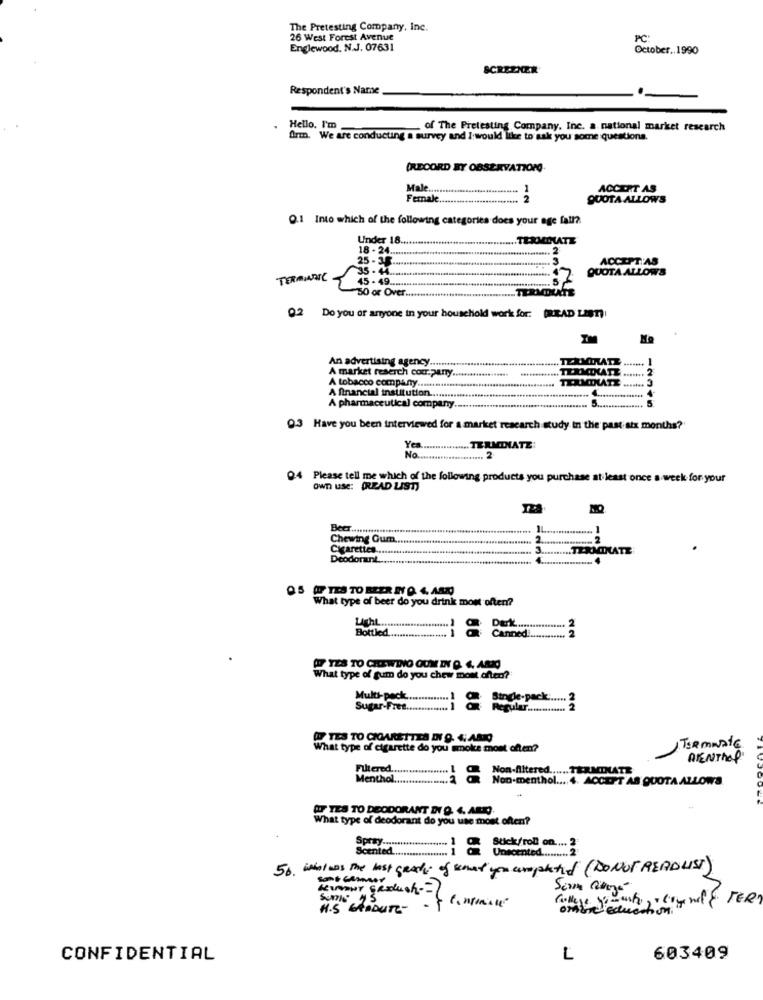
The Pretesting Company, Inc.
26 West Forest Avenue
PC:
Englewood, N.J. 07631
October .. 1990
SCREENER
Respondent's Name
Hello. I'm
of The Pretesting Company, Inc. a. national market research
Arm. We are conducting a survey and I would like to sak you some questions.
(RECORD Y OBSERVATTOPO
Male ........
1
ACCORT AS
Female ..
2
QUOTA ALLOWS
Q.1 Into which of the following categories does your age fall?
Under 18.
.TERMOLATE
18 - 24 .....
ACCEPT AS
25 - 35 ...
QUOTA ALLOWS
TERMINE
15.49
50 or Over ..
Q2 Do you or anyone in your household work for: (READ LIST)
An advertising agency .....
TERMINATE.
A market reserch company ..
2
A tobacco company .....
A financial institution.
5.
A pharmaceutical company.
Q.3 Have you been interviewed for a market research study in the past six months?
Yes ................. TERMINATE:
No ....................... 2-
Q4 Please tell me which of the following products you purchase at least once a week for your
Own use: (READ LIST)
IL
-
Chewing Gum ..
Cigarettes ......
Deodorant.
=
Q5 TES TO BEER BT Q. 4. ART
What type of beer do you drink most often?
Light ...
Bottled.
Canned ............. 2
A TES TO CHEWING GUM IN Q. 6. ARKO)
What type of gum do you chew most often?
Multi-pack .............. ] . Strdle-pack ...... 2
Sugar-Free .............. ]
Regular ............ 2
@ TES TO CIGARETTES DNI 9. 4. ARQ
What type of cigarette do you smoke mont often?
TERMINATE
BIENTROP
Filtered .................. 1 ℃ Non-filtered ...... TERMINATE
Menthol ...............
Non-menthol .... 4. ACCEPT AS QUOTA ALLOWS
@ TES TO DEODORANT DI Q. 4. ART.
What type of deodorant do you use most often?
1 @ Stick/roll on .... 2
Scented. .................. 1
Unscented ......... 2
50. what was the lost grads of sened you compacted (DONOT READLIST)
Some 15
H.S GRADUTE-
CONFIDENTIAL
L
603409